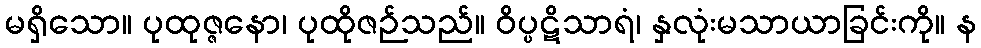
မရှိသော။ ပုထုဇ္ဇနော၊ ပုထိုဇဉ်သည်။ ဝိပ္ပဋိသာရံ၊ နှလုံးမသာယာခြင်းကို။ န